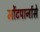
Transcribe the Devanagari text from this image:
मोंटपार्नासे